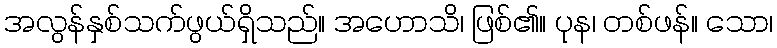
အလွန်နှစ်သက်ဖွယ်ရှိသည်။ အဟောသိ၊ ဖြစ်၏။ ပုန၊ တစ်ဖန်။ သော၊